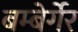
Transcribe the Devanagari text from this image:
बम्बेर्गेर